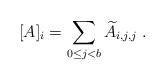
LaTeX: \begin{align*}[A]_i=\sum_{0\leq j<b} \widetilde A_{i,j,j}\;.\end{align*}